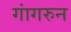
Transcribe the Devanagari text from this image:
गांगरुन